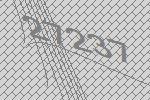
27237